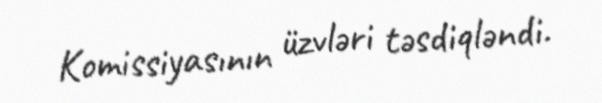
Komissiyasının üzvləri təsdiqləndi.